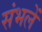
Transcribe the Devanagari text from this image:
संभलें